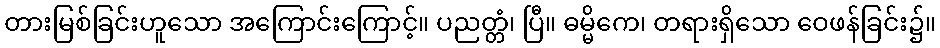
တားမြစ်ခြင်းဟူသော အကြောင်းကြောင့်။ ပညတ္တံ၊ ပြီ။ ဓမ္မိကေ၊ တရားရှိသော ဝေဖန်ခြင်း၌။